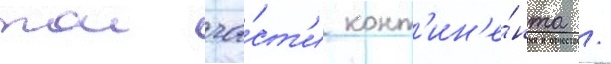
тои ча́ст'и конт'ин'е́нта /